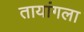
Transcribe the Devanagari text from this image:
तायांगला